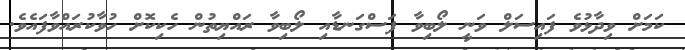
ކަމަށް ވިދާޅުވެ ފައިސަލް ވަނީ ލޯބިވާ ފަސްގަނޑާއި ލޯބިވާ ރައްޔިތުން ހެކިކޮށް ހުވާކުރައްވާފައެވެ.